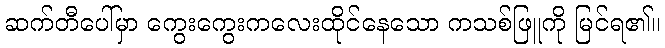
ဆက်တီပေါ်မှာ ကွေးကွေးကလေးထိုင်နေသော ကသစ်ဖြူကို မြင်ရ၏။